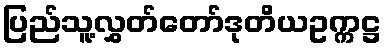
ပြည်သူ့လွှတ်တော်ဒုတိယဥက္ကဋ္ဌ